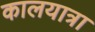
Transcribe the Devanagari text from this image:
कालयात्रा